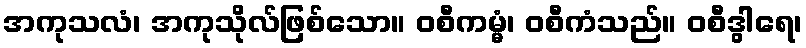
အကုသလံ၊ အကုသိုလ်ဖြစ်သော။ ဝစီကမ္မံ၊ ဝစီကံသည်။ ဝစီဒွါရေ၊